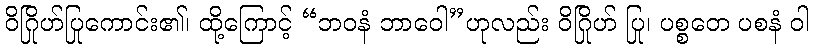
ဝိဂြိုဟ်ပြုကောင်း၏၊ ထို့ကြောင့် “ဘဝနံ ဘာဝေါ”ဟုလည်း ဝိဂြိုဟ် ပြု၊ ပစ္စတေ ပစနံ ဝါ